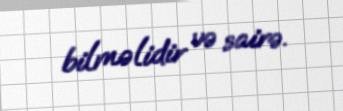
bilməlidir və sairə.